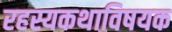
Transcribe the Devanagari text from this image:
रहस्यकथाविषयक